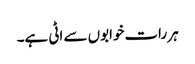
ہر رات خوابوں سے اٹی ہے۔